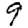
Digit: 9